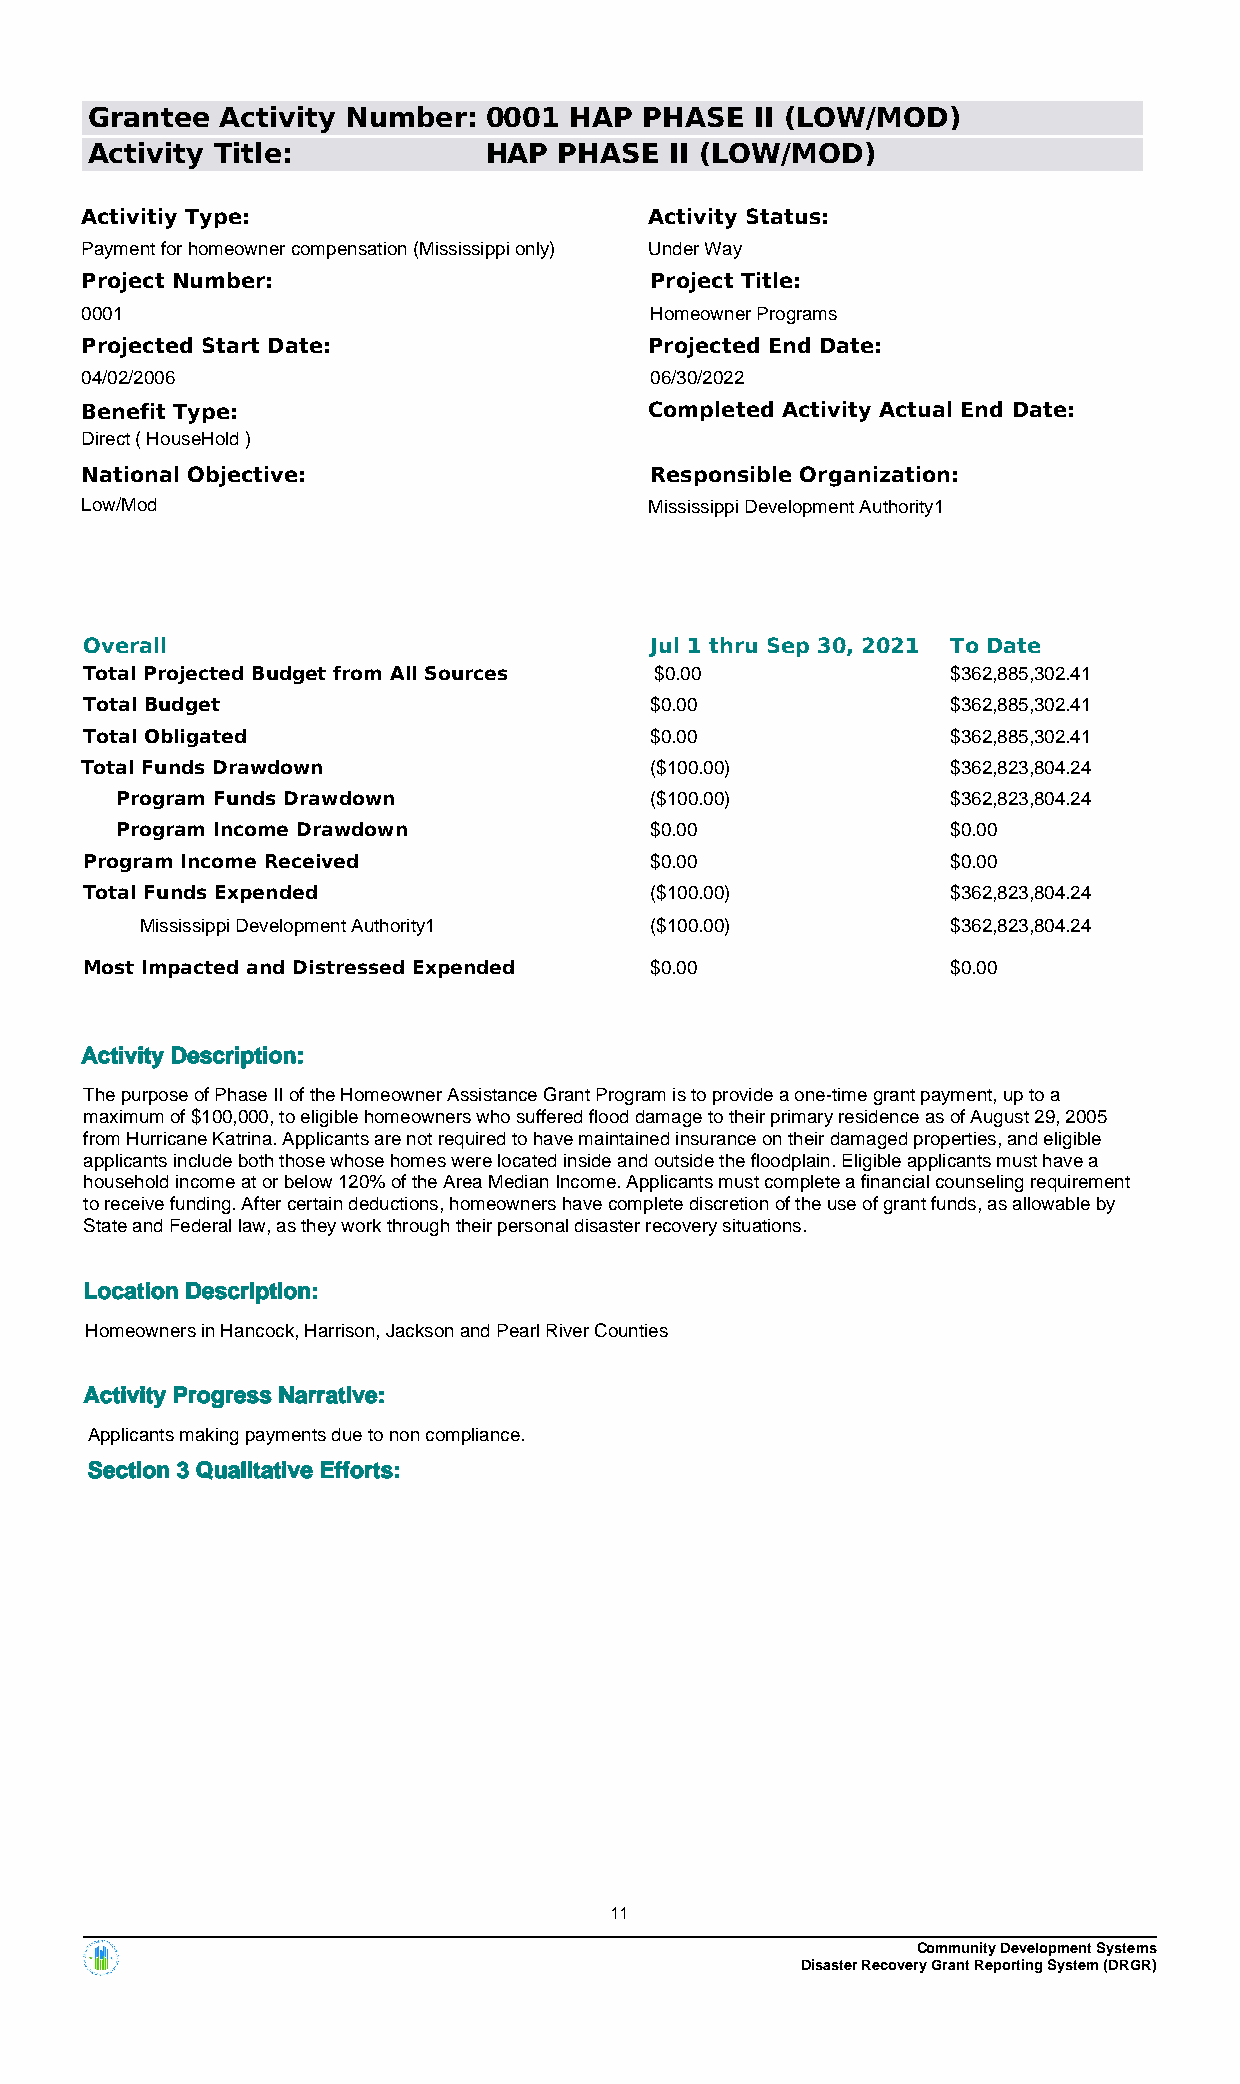
Grantee  Activity Number: 0001  HAP  PHASE  II (LOW/MOD)
 Activity Title:           HAP  PHASE  II (LOW/MOD)
 Activitiy Type:                       Activity Status:
 Payment for homeowner compensation (Mississippi only) Under Way
 Project Number:                       Project Title:
 0001                                  Homeowner Programs
 Projected Start Date:                 Projected End Date:
 04/02/2006                            06/30/2022
 Benefit Type:                         Completed Activity Actual End Date:
 Direct ( HouseHold )
 National Objective:                   Responsible Organization:
 Low/Mod                               Mississippi Development Authority1
 Overall                              Jul 1 thru Sep 30, 2021 To Date
 Total Projected Budget from All Sources $0.00            $362,885,302.41
 Total Budget                         $0.00               $362,885,302.41
 Total Obligated                      $0.00               $362,885,302.41
 Total Funds Drawdown                  ($100.00)           $362,823,804.24
 Program Funds Drawdown             ($100.00)           $362,823,804.24
 Program Income Drawdown            $0.00               $0.00
 Program Income Received              $0.00               $0.00
 Total Funds Expended                 ($100.00)           $362,823,804.24
 Mississippi Development Authority1 ($100.00)          $362,823,804.24
 Most Impacted and Distressed Expended $0.00              $0.00
 Activity Description:
 The purpose of Phase II of the Homeowner Assistance Grant Program is to provide a one-time grant payment, up to a
 maximum of $100,000, to eligible homeowners who suffered flood damage to their primary residence as of August 29, 2005
 from Hurricane Katrina. Applicants are not required to have maintained insurance on their damaged properties, and eligible
 applicants include both those whose homes were located inside and outside the floodplain. Eligible applicants must have a
 household income at or below 120% of the Area Median Income. Applicants must complete a financial counseling requirement
 to receive funding. After certain deductions, homeowners have complete discretion of the use of grant funds, as allowable by
 State and Federal law, as they work through their personal disaster recovery situations.
 Location Description:
 Homeowners in Hancock, Harrison, Jackson and Pearl River Counties
 Activity Progress Narrative:
 Applicants making payments due to non compliance.
 Section 3 Qualitative Efforts:
 11
 Community Development Systems
 Disaster Recovery Grant Reporting System (DRGR)